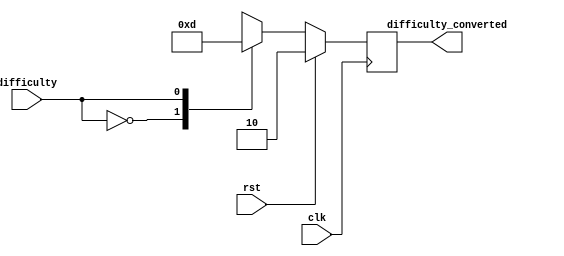
`timescale 1ns / 1ps
//////////////////////////////////////////////////////////////////////////////////
// Company: 
// Engineer: 
// 
// Design Name: 
// Module Name:    difficulty_converter 
// Project Name: 
// Target Devices: 
// Tool versions: 
// Description: 
//
// Dependencies: 
//
// Revision: 
// Revision 0.01 - File Created
// Additional Comments: 
//
//////////////////////////////////////////////////////////////////////////////////
module difficulty_converter(
    input wire difficulty,
	 input wire clk, 
	 input wire rst,
    output reg [1:0] difficulty_converted
    );

always @ (posedge clk)
begin
	if (rst)
	begin
		difficulty_converted <= 2;
	end
	else
	begin
		case (difficulty)
			1'b0 : difficulty_converted <= 2'b11;
			1'b1 : difficulty_converted <= 2'b01;
			default: difficulty_converted <= 2'b11;
		endcase
	end
end

endmodule